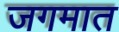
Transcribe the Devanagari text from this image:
जगमात